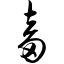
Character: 畜